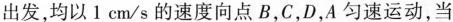
出发，均以1cm/s的速度向点B，C，D，A匀速运动，当